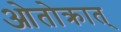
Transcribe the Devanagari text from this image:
ओतोक्रात्